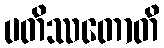
ပတိဿတောတိ